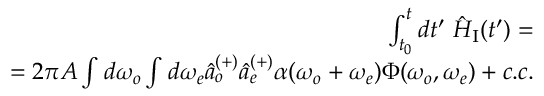
\begin{array} { r } { \int _ { t _ { 0 } } ^ { t } d t ^ { \prime } ~ \hat { H } _ { \mathrm { I } } ( t ^ { \prime } ) = } \\ { = 2 \pi A \int d \omega _ { o } \int d \omega _ { e } \hat { a } _ { o } ^ { ( + ) } \hat { a } _ { e } ^ { ( + ) } \alpha ( \omega _ { o } + \omega _ { e } ) \Phi ( \omega _ { o } , \omega _ { e } ) + c . c . } \end{array}